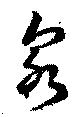
泉